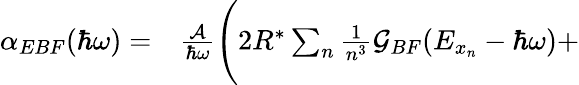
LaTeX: \begin{array}{rl}{\alpha_{EBF}(\hbar\omega)=}&{{}\frac{\mathcal{A}}{\hbar\omega}\Bigg(2R^{*}\sum_{n}\frac{1}{n^{3}}\mathcal{G}_{BF}(E_{x_{n}}-\hbar\omega)+}\end{array}